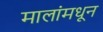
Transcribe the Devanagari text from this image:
मालांमधून